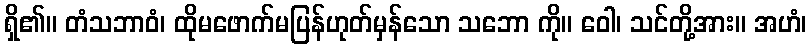
ရှိ၏။ တံသဘာဝံ၊ ထိုမဖောက်မပြန်ဟုတ်မှန်သော သဘော ကို။ ဝေါ၊ သင်တို့အား။ အဟံ၊